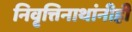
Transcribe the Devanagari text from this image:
निवृत्तिनाथांनीही